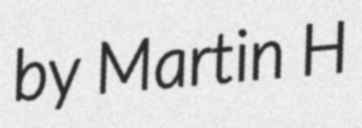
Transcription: by Martin H